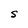
Character: S